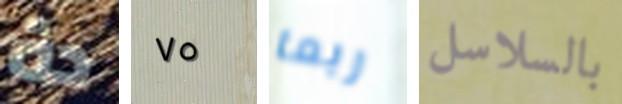
دة ٧٥ ربما بالسلاسل